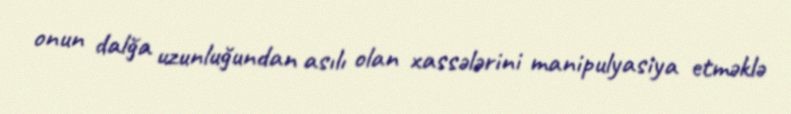
onun dalğa uzunluğundan asılı olan xassələrini manipulyasiya etməklə